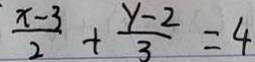
\frac { x - 3 } { 2 } + \frac { y - 2 } { 3 } = 4